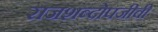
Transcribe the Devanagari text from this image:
राजशब्दोपजीवी